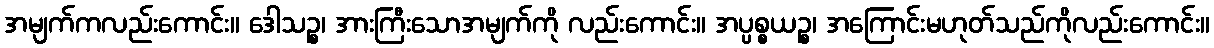
အမျက်ကလည်းကောင်း။ ဒေါသဉ္စ၊ အားကြီးသောအမျက်ကို လည်းကောင်း။ အပ္ပစ္စယဉ္စ၊ အကြောင်းမဟုတ်သည်ကိုလည်းကောင်း။